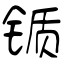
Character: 锧